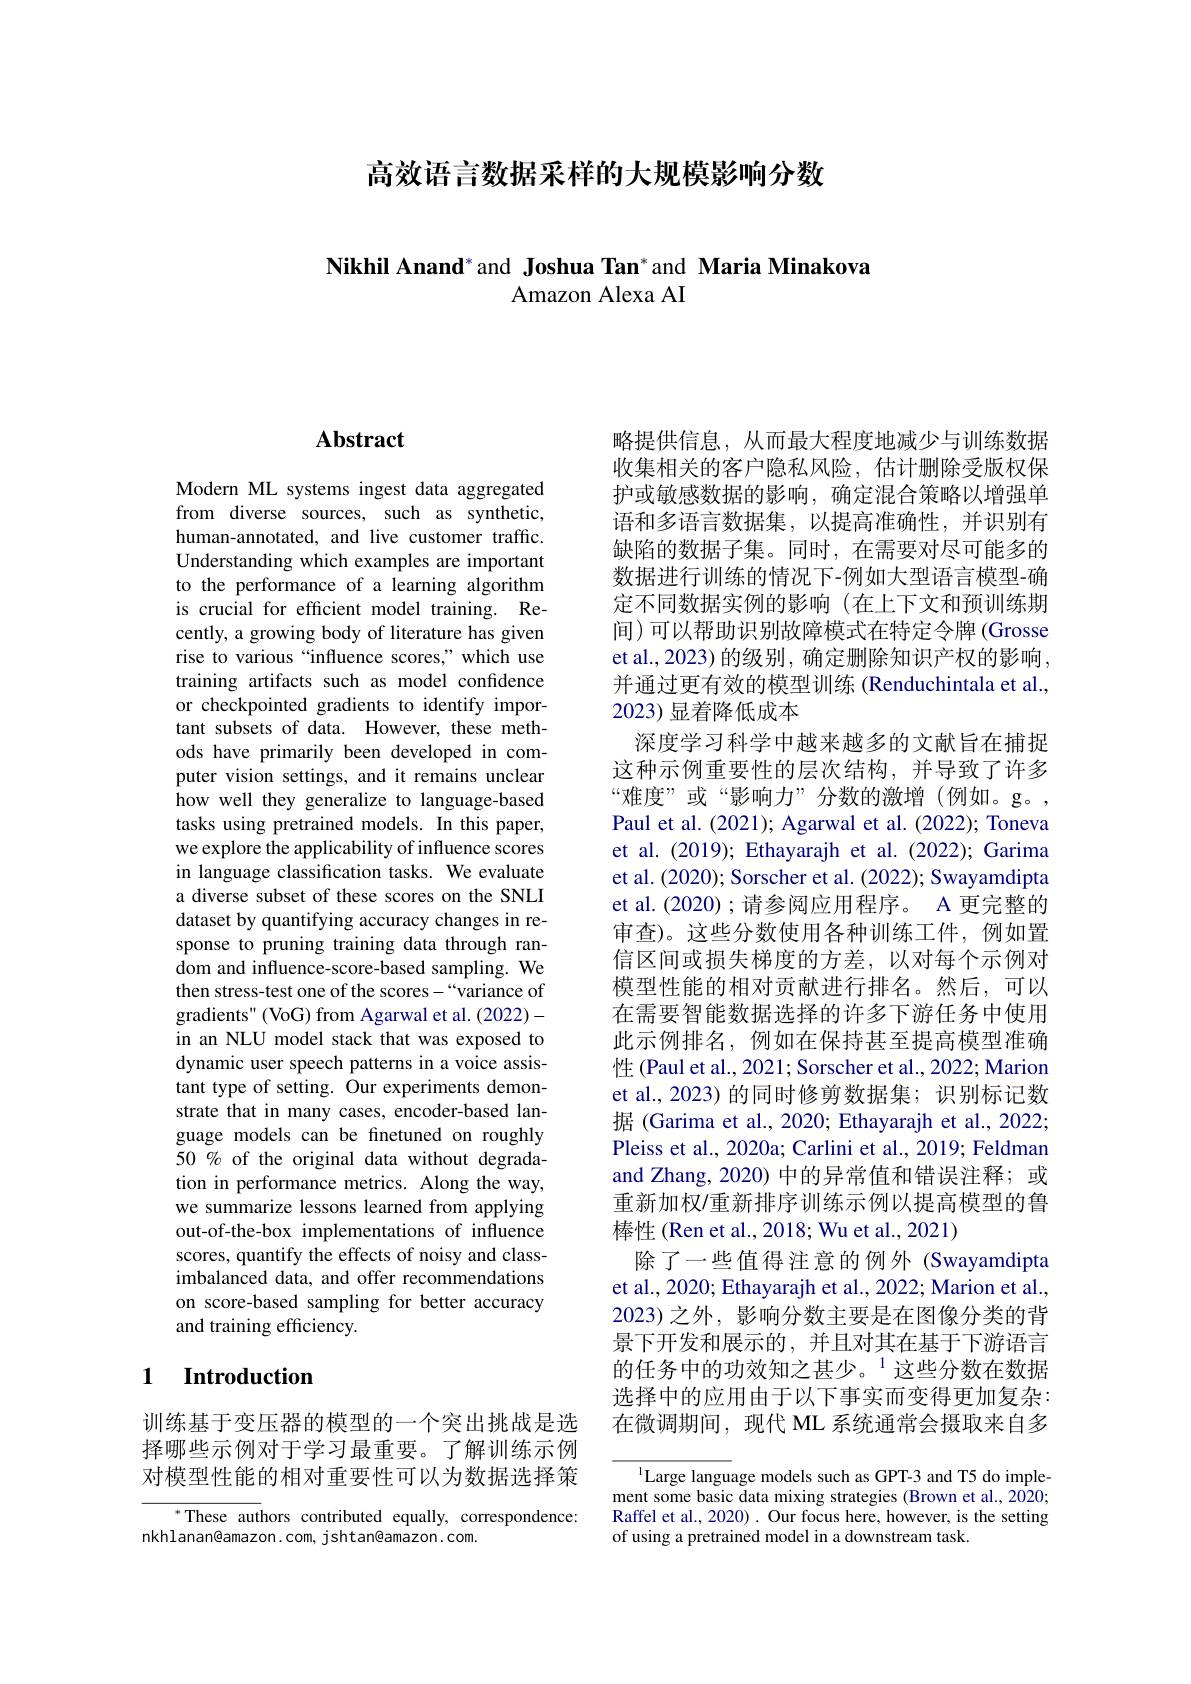
高效语言数据采样的大规模影响分数

## Nikhil Anand* and Joshua Tan* and Maria Minakova Amazon Alexa AI

## $\mathbf{Abstract}$

Modern ML systems ingest data aggregated from diverse sources, such as synthetic, human-annotated, and live customer traffic. Understanding which examples are important to the performance of a learning algorithm is crucial for efficient model training. Recently, a growing body of literature has given rise to various“influence scores,”which use training artifacts such as model confidence or checkpointed gradients to identify important subsets of data. However, these methods have primarily been developed in computer vision settings, and it remains unclear how well they generalize to language-based tasks using pretrained models. In this paper, we explore the applicability of influence scores in language classification tasks. We evaluate a diverse subset of these scores on the SNLI dataset by quantifying accuracy changes in response to pruning training data through random and influence-score-based sampling. We then stress-test one of the scores-“variance of gradients" (VoG) from Agarwal et al. (2022)- in an NLU model stack that was exposed to dynamic user speech patterns in a voice assistant type of setting. Our experiments demonstrate that in many cases, encoder-based language models can be finetuned on roughly 50 % of the original data without degradation in performance metrics. Along the way, we summarize lessons learned from applying out-of-the-box implementations of influence scores, quantify the effects of noisy and classimbalanced data, and offer recommendations on score-based sampling for better accuracy and training efficiency.

## 1 Introduction

训练基于变压器的模型的一个突出挑战是选择哪些示例对于学习最重要。了解训练示例对模型性能的相对重要性可以为数据选择策

${^*\text{These authors contributed equally, correspondence:}}$
nkhlanan@amazon.com, jshtan@amazon.com.

略提供信息，从而最大程度地减少与训练数据收集相关的客户隐私风险，估计删除受版权保护或敏感数据的影响，确定混合策略以增强单语和多语言数据集，以提高准确性，并识别有缺陷的数据子集。同时，在需要对尽可能多的数据进行训练的情况下-例如大型语言模型-确定不同数据实例的影响(在上下文和预训练期间)可以帮助识别故障模式在特定令牌(Grosse et al., 2023) 的级别，确定删除知识产权的影响， 并通过更有效的模型训练 (Renduchintala et al., 2023) 显着降低成本
深度学习科学中越来越多的文献旨在捕捉这种示例重要性的层次结构，并导致了许多“难度”或“影响力”分数的激增(例如。g。, Paul et al. (2021); Agarwal et al. (2022); Toneva et al.(2019); Ethayarajh et al.(2022); Garima et al. (2020); Sorscher et al. (2022); Swayamdipta et al.(2020);请参阅应用程序。A 更完整的审查)。这些分数使用各种训练工件，例如置信区间或损失梯度的方差，以对每个示例对模型性能的相对贡献进行排名。然后，可以在需要智能数据选择的许多下游任务中使用此示例排名，例如在保持甚至提高模型准确性 (Paul et al., 2021; Sorscher et al., 2022; Marion et al.,2023) 的同时修剪数据集；识别标记数据 (Garima et al., 2020; Ethayarajh et al., 2022; Pleiss et al., 2020a; Carlini et al., 2019; Feldman and Zhang, 2020) 中的异常值和错误注释；或重新加权/重新排序训练示例以提高模型的鲁棒性 (Ren et al., 2018; Wu et al., 2021)
除了一些值得注意的例外(Swayamdipta et al., 2020; Ethayarajh et al., 2022; Marion et al., 2023)之外，影响分数主要是在图像分类的背景下开发和展示的，并且对其在基于下游语言的任务中的功效知之甚少。$^{1}$这些分数在数据选择中的应用由于以下事实而变得更加复杂： 在微调期间，现代 ML 系统通常会摄取来自多

Large language models such as GPT-3 and T5 do imple ment some basic data mixing strategies (Brown et al., 2020; Raffel et al., 2020). Our focus here, however, is the setting of using a pretrained model in a downstream task.